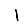
Digit: 1